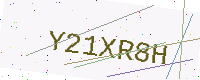
Text: Y21XR8H